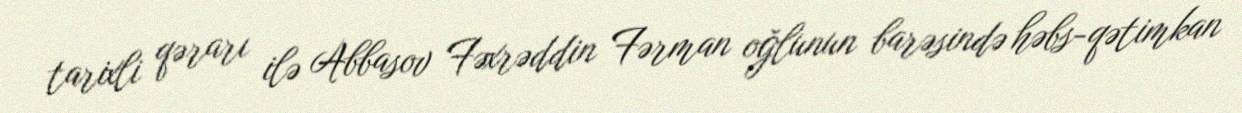
tarixli qərarı ilə Abbasov Fəxrəddin Fərman oğlunun barəsində həbs-qətimkan